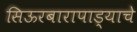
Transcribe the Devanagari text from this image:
सिऊरबारापाड्याचे